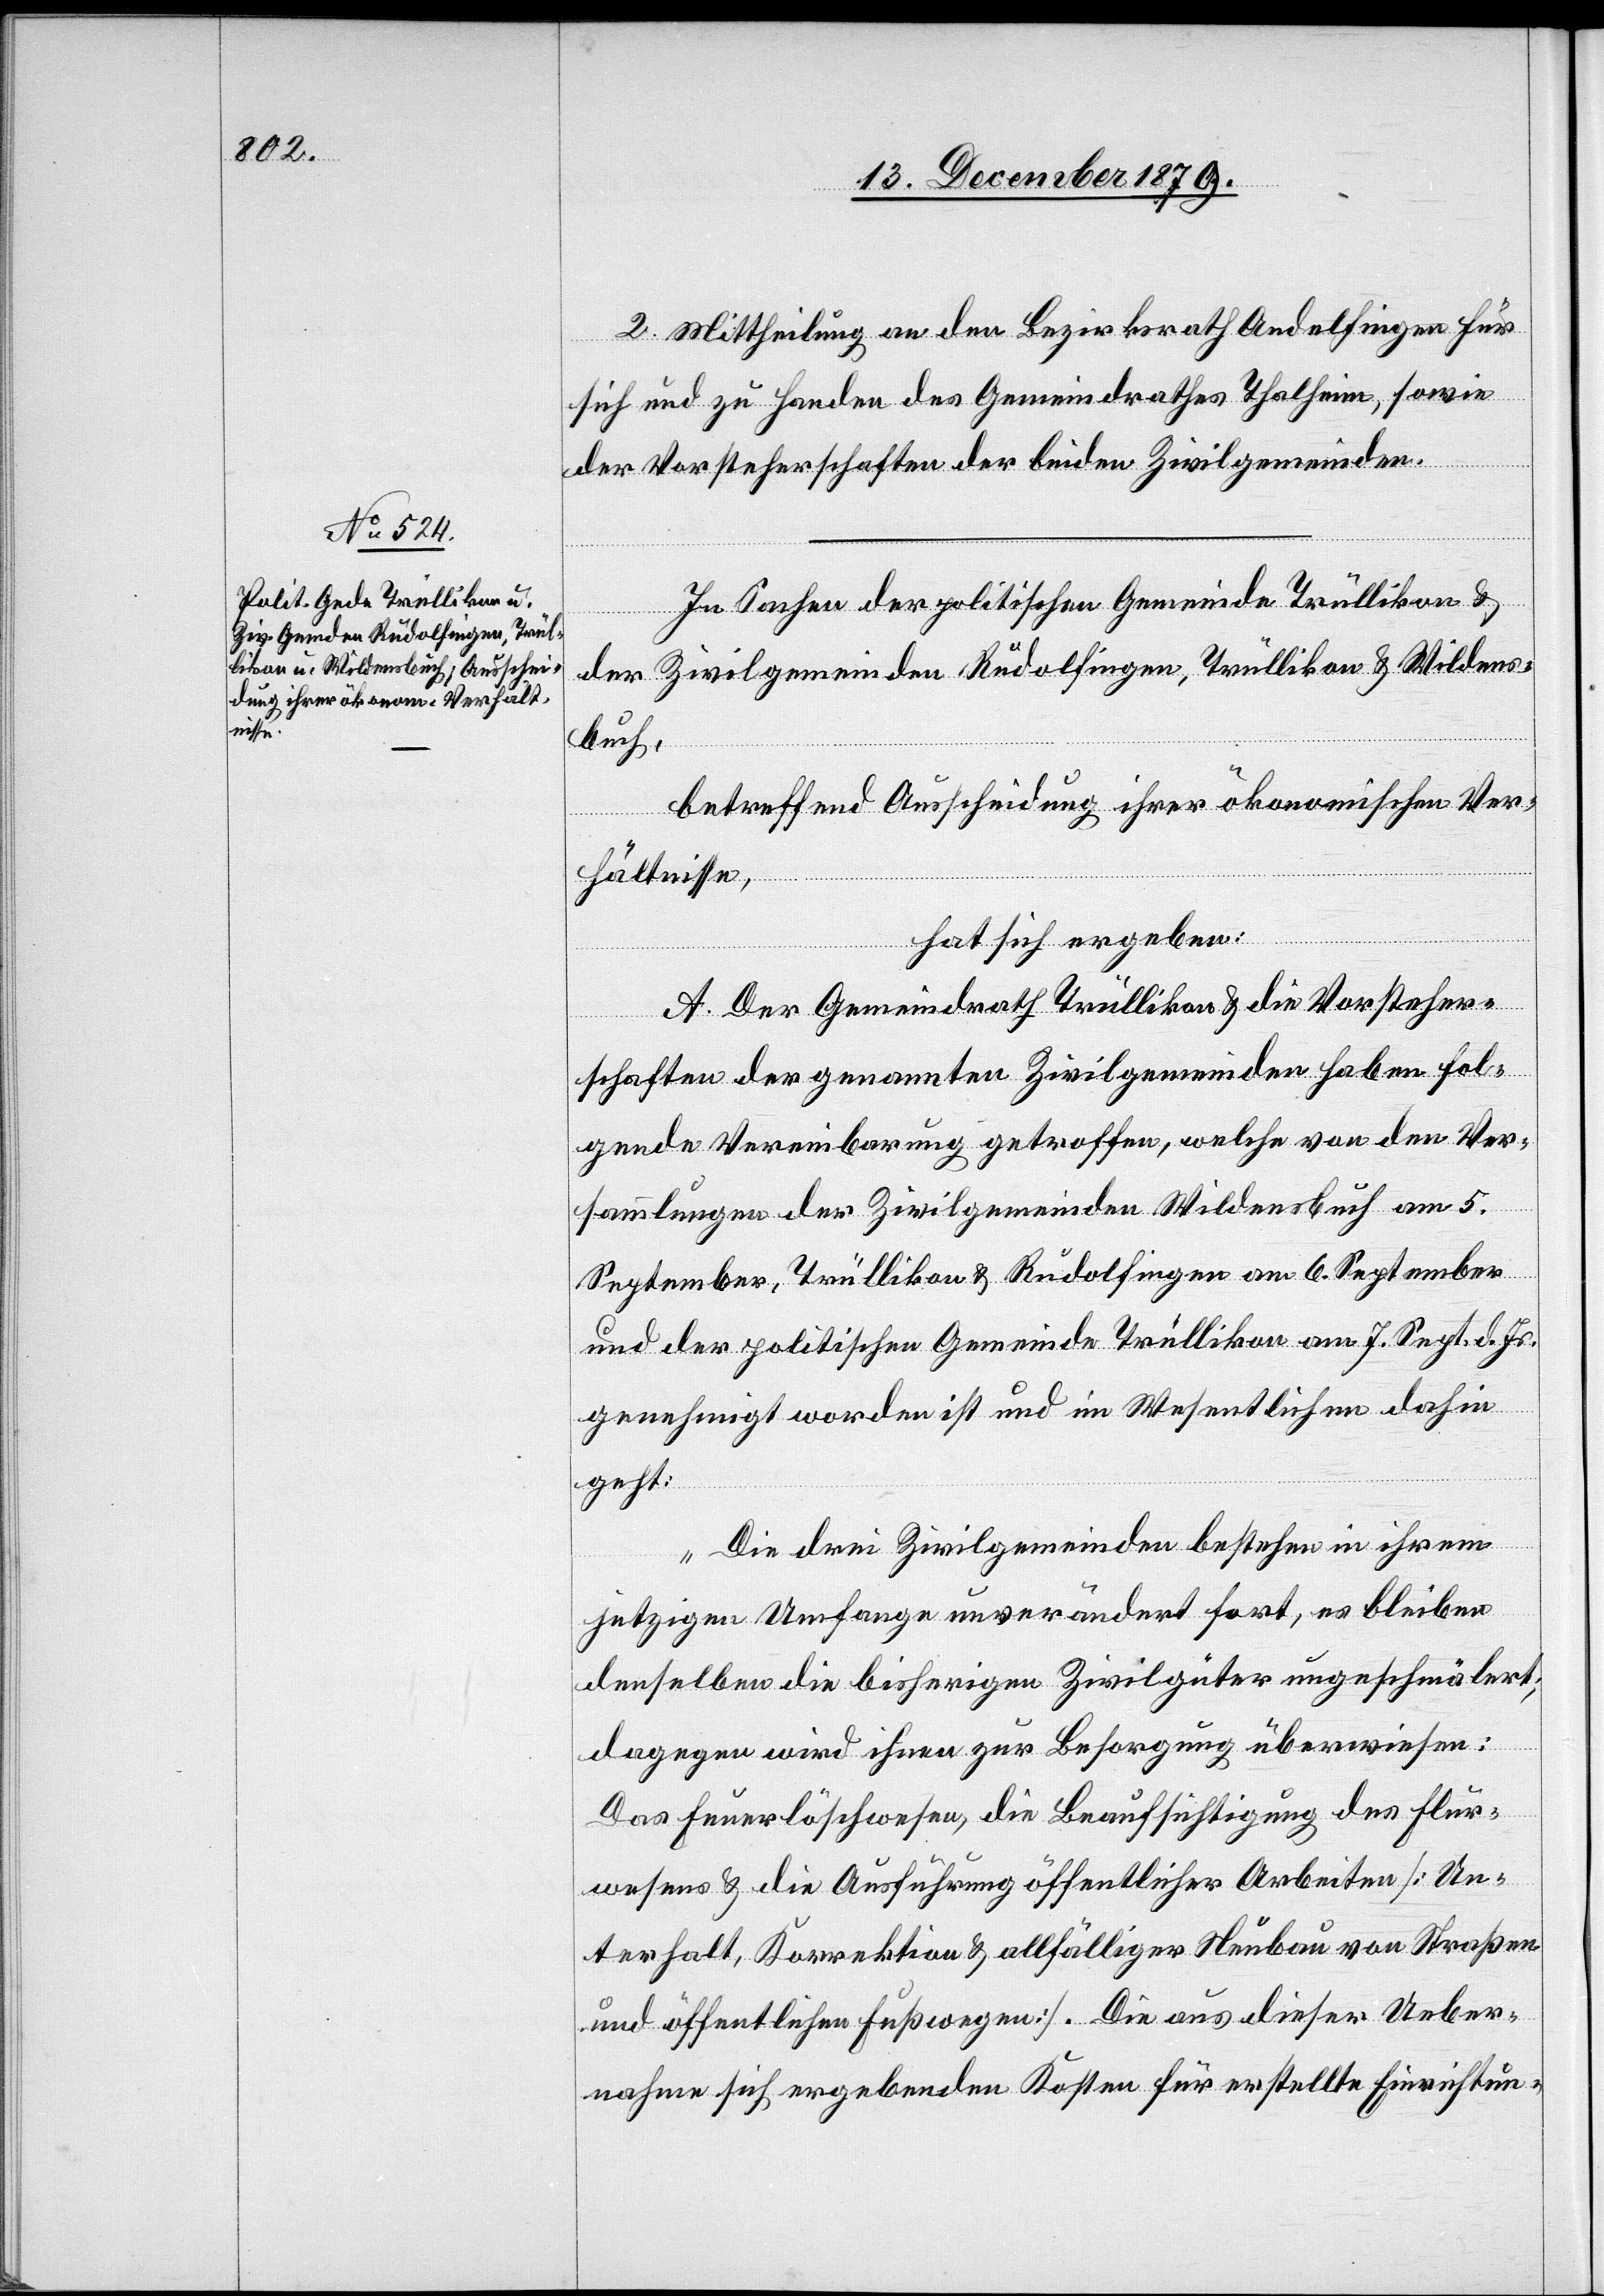
2. Mittheilung an den Bezirksrath Andelfingen für
sich und zu Handen des Gemeindrathes Thalheim, sowie
der Vorsteherschaften der beiden Zivilgemeinden.
In Sachen der politischen Gemeinde Trüllikon &
der Zivilgemeinden Rudolfingen, Trüllikon & Wildens¬
buch,
betreffend Ausscheidung ihrer ökonomischen Ver¬
hältnisse,
hat sich ergeben:
A. Der Gemeindrath Trüllikon & die Vorsteher¬
schaften der genannten Zivilgemeinden haben fol¬
gende Vereinbarung getroffen, welche von den Ver¬
sammlungen der Zivilgemeinden Wildensbuch am 5.
September, Trüllikon & Rudolfingen am 6. September
und der politischen Gemeinde Trüllikon am 7. Sept. d. Js.
genehmigt worden ist und im Wesentlichen dahin
geht:
„Die drei Zivilgemeinden bestehen in ihrem
jetzigen Umfange unverändert fort, es bleiben
denselben die bisherigen Zivilgüter ungeschmälert;
dagegen wird ihnen zur Besorgung überwiesen:
Das Feuerlöschwesen, die Beaufsichtigung des Flur¬
wesens & die Ausführung öffentlicher Arbeiten [Un¬
terhalt, Korrektion & allfälliger Neubau von Straßen
und öffentlichen Fußwegen]. Die aus dieser Ueber¬
nahme sich ergebenden Kosten für erstellte Einrichtun-